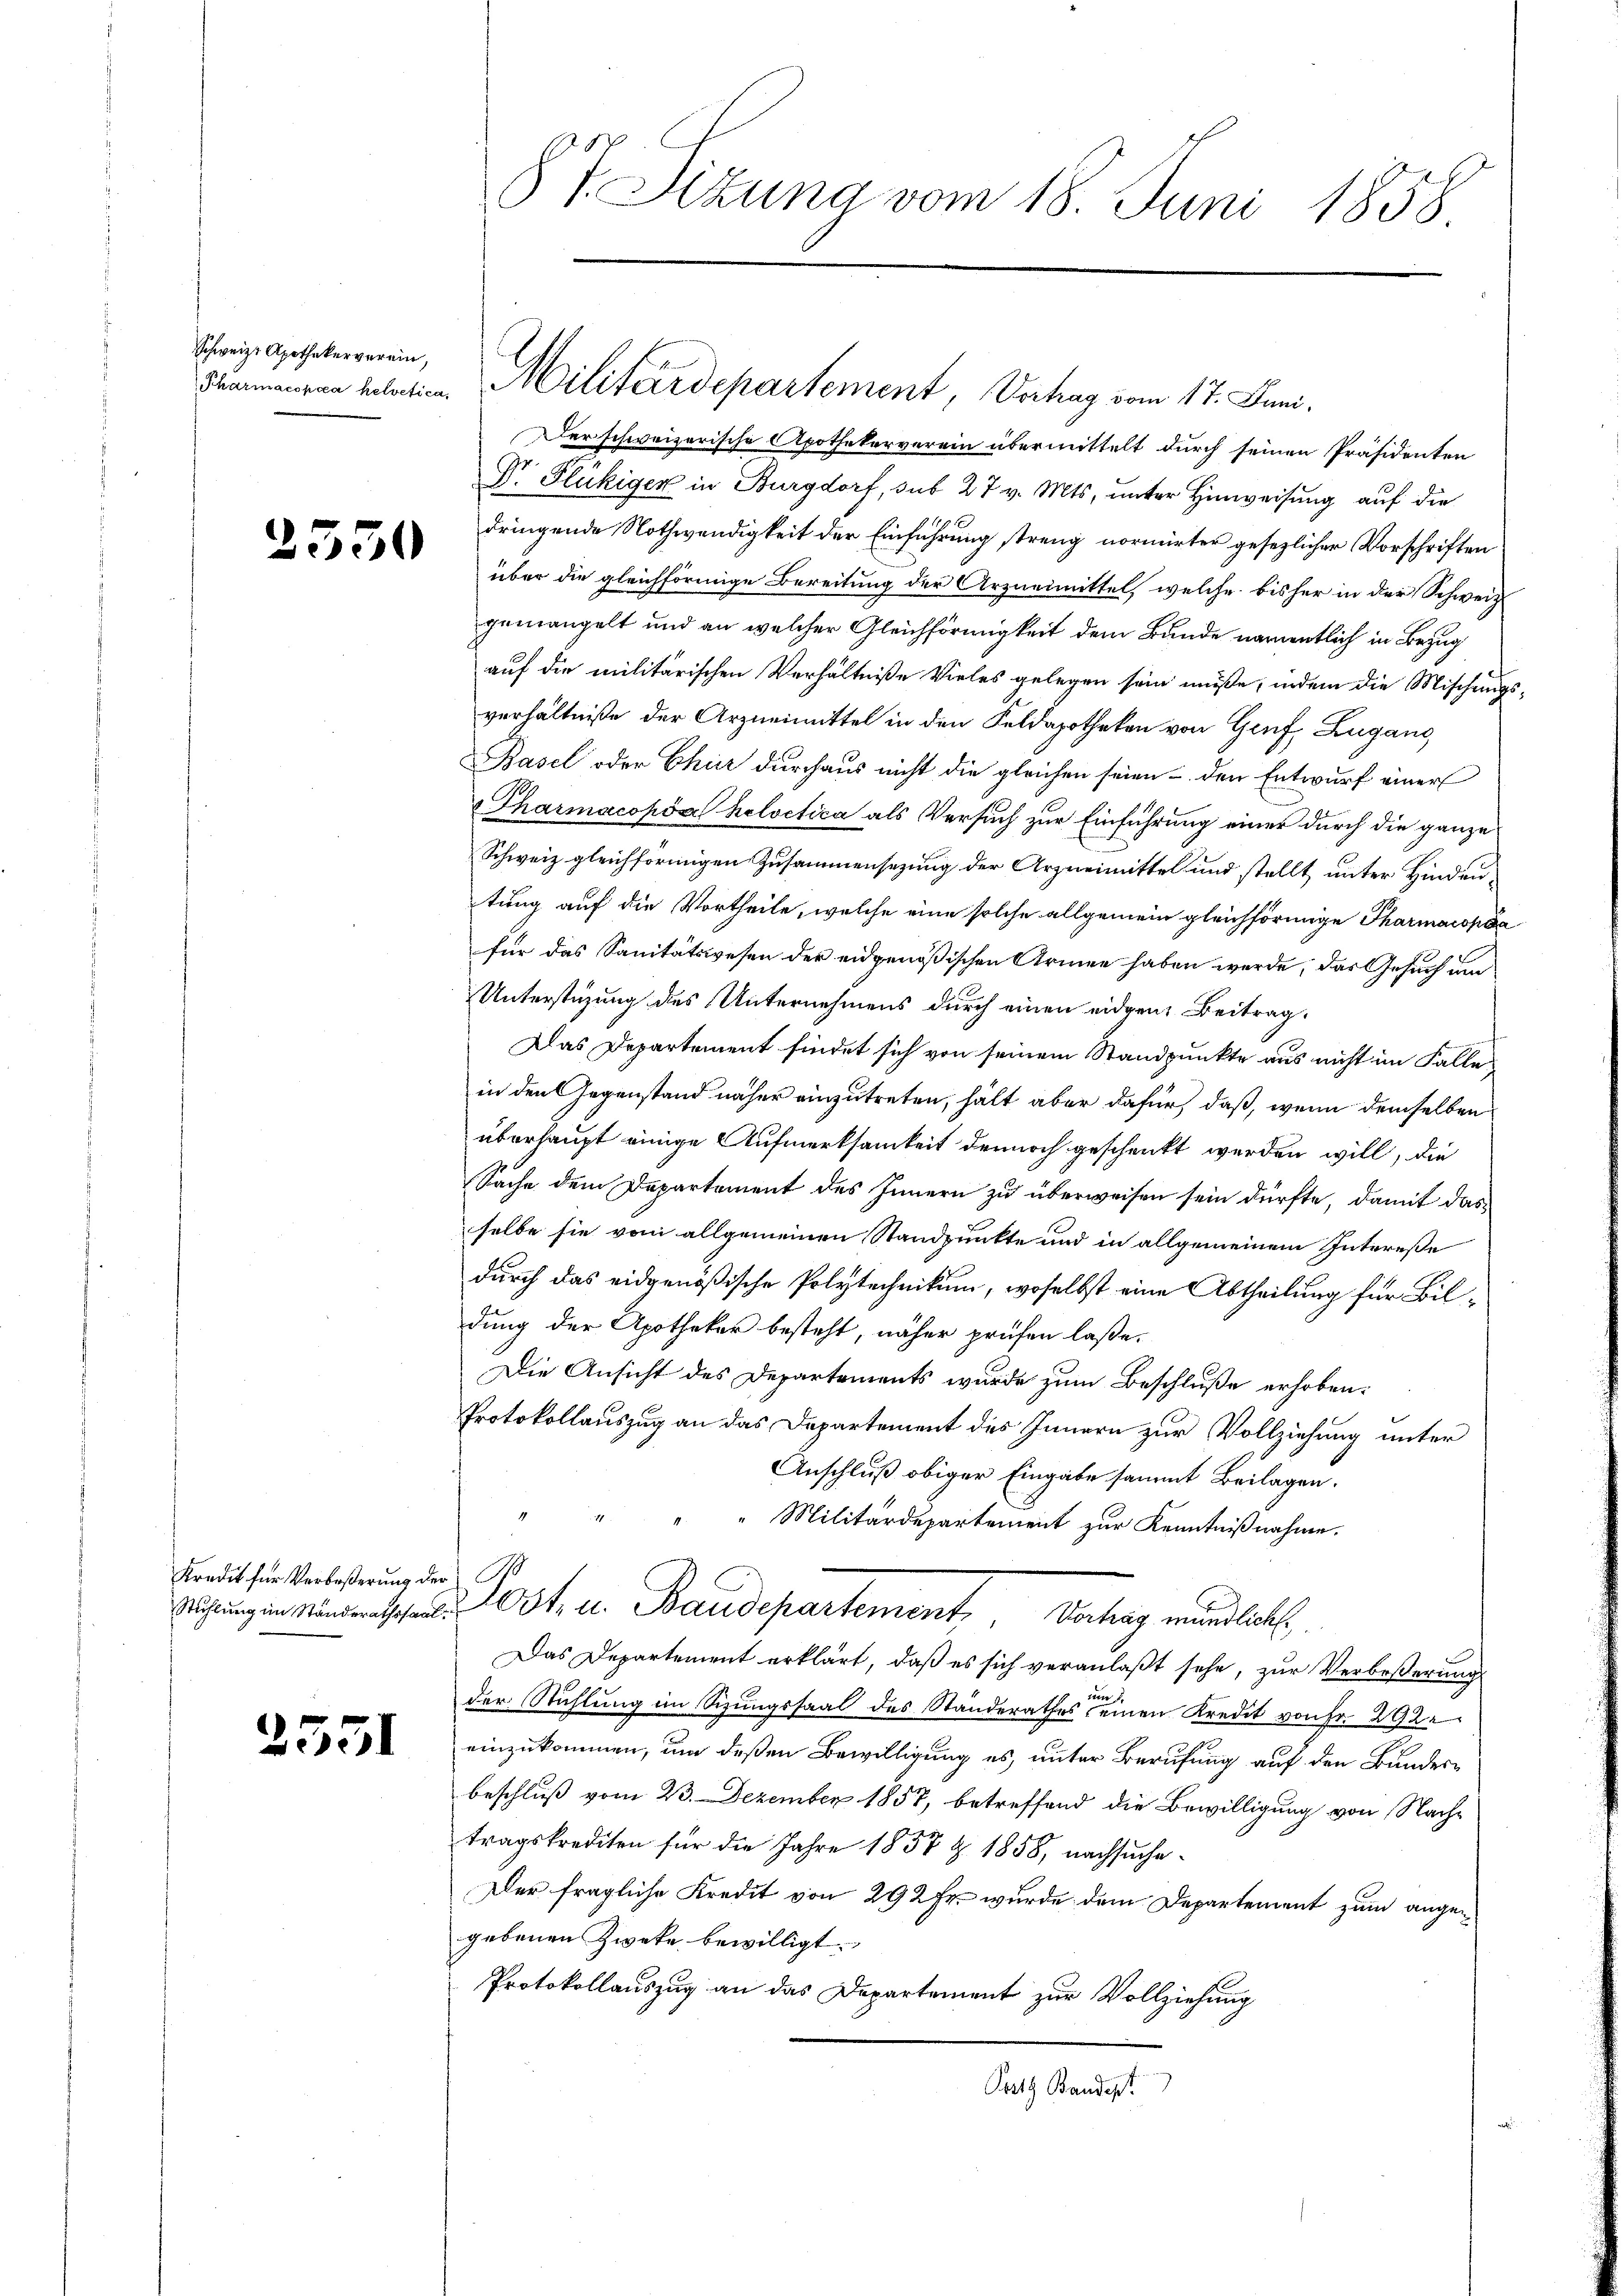
Schweiz. Apothekerverein,

2550

Kredit für Verbeßerung de

2551

Der schweizerische Apothekerverein übermittelt durch seinen Präsidenten
Dr. Flückiger in Burgdorf, sub 27 v. Mts. unter Hinweisung auf die
dringende Nothwendigkeit der Einführung streng normirter gesezlicher Vorschriften
über die gleichförmige Bereitung der Arzneimittel, welche bisher in der Schweiz.
gemangelt und an welcher Gleichförmigkeit dem Bunde namentlich in Bezug
auf die militärischen Verhältniße vieles gelegen sein müße, indem die Mischung
verhältniße der Arzneimittel in den Feldapotheken von Genf, Zugang
Basel oder Chur durchaus nicht die gleichen seien - den Entwurf einer
Tharmacopia helvetica als Versuch zur Einführung einer durch die ganze
Schweiz gleichförmigen Zusammensezung der Arzneimittel und stellt unter Hindeutung auf die Vortheile, welche eine solche allgemein gleichförmige Pharmarokáfür das Sanitätswesen der eidgenößischen Armen haben werde, das Gesuch um
Unterstüzung des Unternehmens durch einen eidgen. Beitrag,
Das Departement findet sich von seinem Standpunkte aus nicht im Falle
in den Gegenstand näher einzutreten, hält aber dafür, daß, wenn demselben
überhaupt einige Aufmerksamkeit dennoch geschenkt werden will, die
Sache dem Departement des Innern zu überweisen sein dürfte, damit dasselbe sie vom allgemeinen Standpunkte und in allgemeinem Intereße
durch das eidgenößische Polytechnikum, woselbst eine Abtheilung für Bildung der Apothekar besteht, näher prüfen laße,
Die Ansicht des Departements wurde zum Beschluße erhoben:
Protokollauszug an das Departement des Innern zur Vollziehung unter
Anschluß obiger Eingabe sammt Beilagen.
"Militärdepartement zur Kenntnißnahme.
r.
t. u. Baudepartement. Dochag rundlich
Das Departement erklärt, daß es sich veranlaßt sehe, zur Verbeßerung
der Stuhlung im Sizungssaal des Standerathes einen Kredit von Fr. 292.
einzukommen, um deßen Bewilligung es, unter Berufung auf den Bunderbeschluß vom 23. Dezember 1857, betreffend die Bewilligung von Nachtragskrediten für die Jahre 1857 Z. 1858, nachsuche¬
Der fragliche Kredit von 292 fr. wurde dem Departement zum angegebenen Zweke bewilligt.
Protokollauszug an das Departement zur Vollziehung
Prath Bandest

87. Sitzung vom 18. Juni 1858

deannenren Relation Militärdepartement, Vertrag vom 17. Juni.